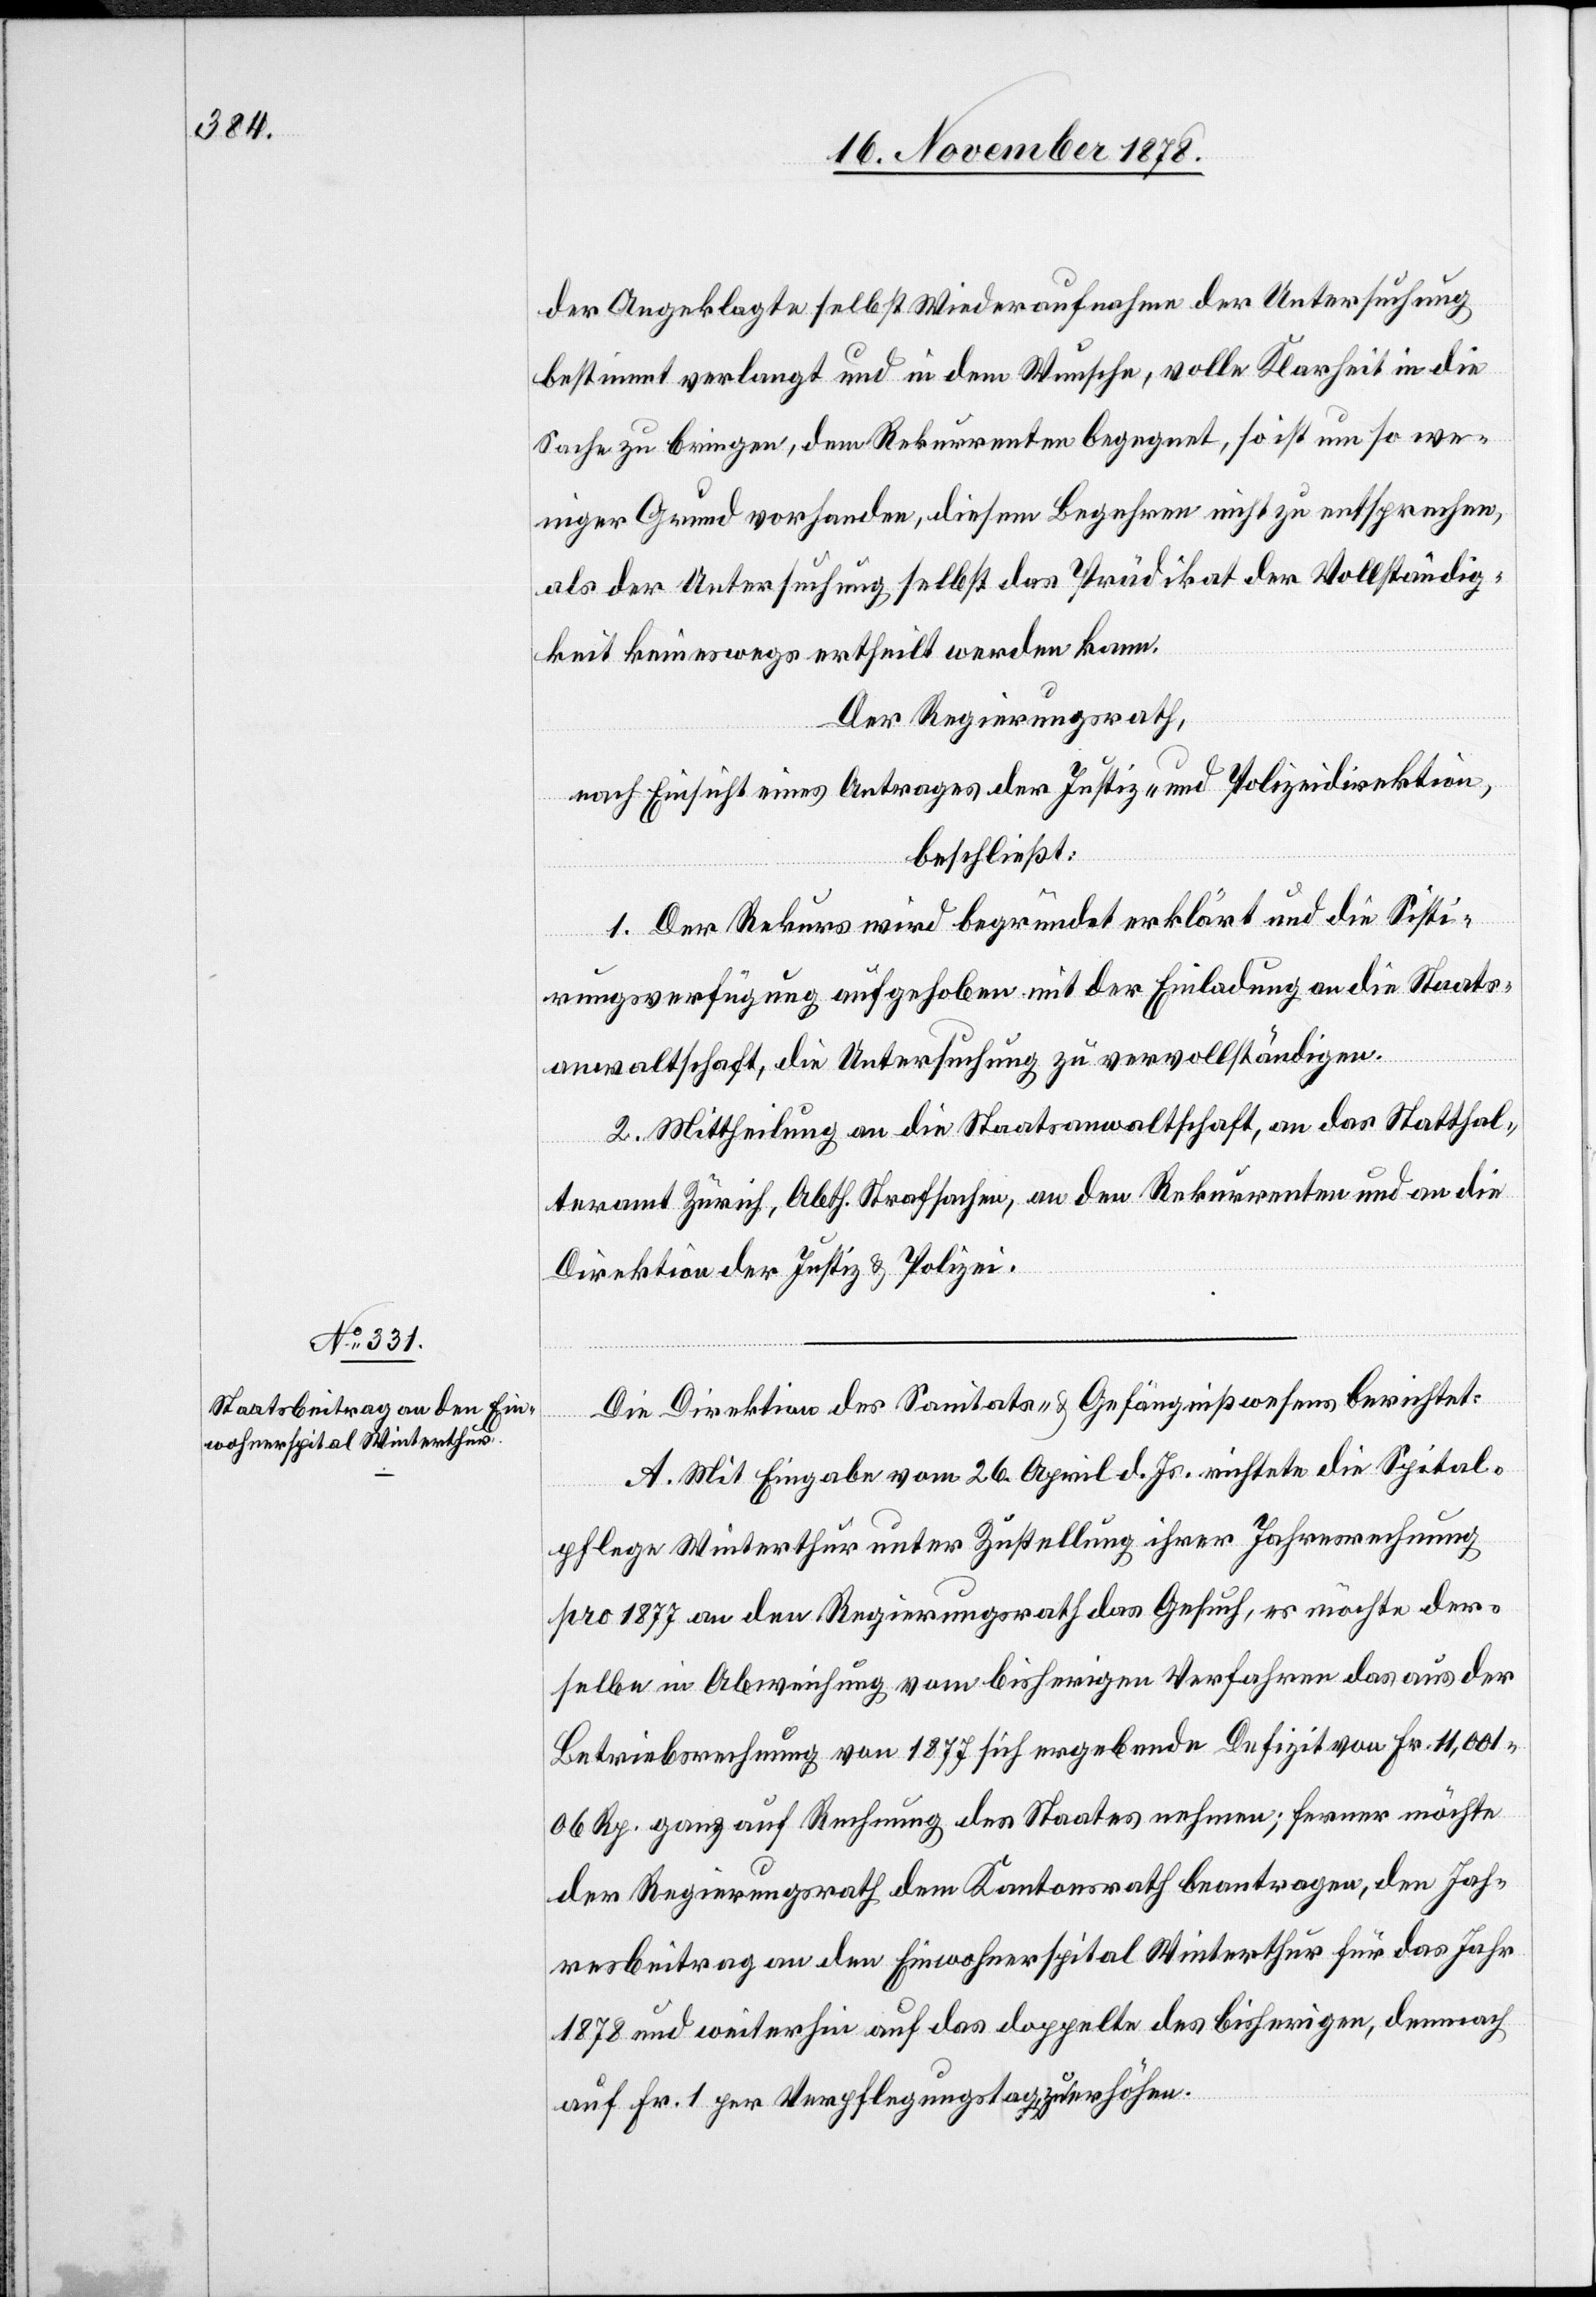
der Angeklagte selbst Wiederaufnahme der Untersuchung
bestimmt verlangt und in dem Wunsche, volle Klarheit in die
Sache zu bringen, dem Rekurrenten begegnet, so ist um so we¬
niger Grund vorhanden, diesem Begehren nicht zu entsprechen,
als der Untersuchung selbst das Prädikat der Vollständig¬
keit keineswegs ertheilt werden kann.
Der Regierungsrath,
nach Einsicht eines Antrages der Justiz- & Polizeidirektion,
beschließt:
1. Der Rekurs wird begründet erklärt und die Sisti¬
rungsverfügung aufgehoben mit der Einladung an die Staats¬
anwaltschaft, die Untersuchung zu vervollständigen.
2. Mittheilung an die Staatsanwaltschaft, an das Statthal¬
teramt Zürich, Abth. Strafsachen, an den Rekurrenten und an die
Direktion der Justiz & Polizei.
Die Direktion des Sanitäts- & Gefängnißwesens berichtet:
A. Mit Eingabe vom 26. April d. Js. richtete die Spital¬
pflege Winterthur unter Zustellung ihrer Jahresrechnung
pro 1877 an den Regierungsrath das Gesuch, es möchte der¬
selbe in Abweichung vom bisherigen Verfahren das aus der
Betriebsrechnung von 1877 sich ergebende Defizit von Fr. 11,001
06 Rp. ganz auf Rechnung des Staates nehmen; ferner möchte
der Regierungsrath dem Kantonsrath beantragen, den Jah¬
resbeitrag an den Einwohnerspital Winterthur für das Jahr
1878 und weiterhin auf das doppelte des bisherigen, demnach
auf Fr. 1 per Verpflegungstag zu erhöhen.